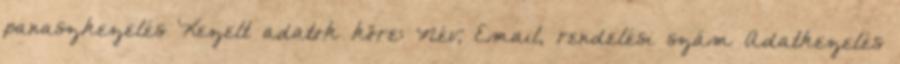
panaszkezelés Kezelt adatok köre: Név, Email, rendelési szám Adatkezelés